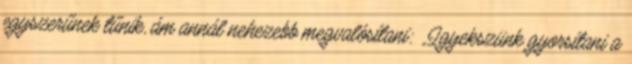
egyszerűnek tűnik, ám annál nehezebb megvalósítani: „Igyekszünk gyorsítani a